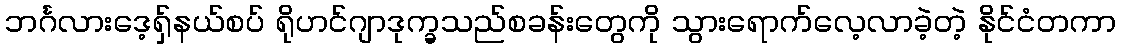
ဘင်္ဂလားဒေ့ရှ်နယ်စပ် ရိုဟင်ဂျာဒုက္ခသည်စခန်းတွေကို သွားရောက်လေ့လာခဲ့တဲ့ နိုင်ငံတကာ